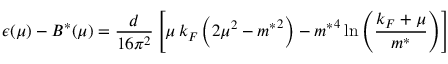
\epsilon ( \mu ) - B ^ { * } ( \mu ) = \frac { d } { 1 6 \pi ^ { 2 } } \left[ \mu \, k _ { F } \left( 2 \mu ^ { 2 } - { m ^ { * } } ^ { 2 } \right) - { m ^ { * } } ^ { 4 } \ln { \left( \frac { k _ { F } + \mu } { m ^ { * } } \right) } \right]